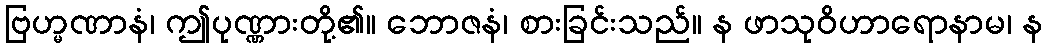
ဗြဟ္မဏာနံ၊ ဤပုဏ္ဏားတို့၏။ ဘောဇနံ၊ စားခြင်းသည်။ န ဖာသုဝိဟာရောနာမ၊ န